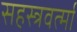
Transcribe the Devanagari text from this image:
सहस्‍त्रवर्त्‍मा